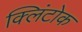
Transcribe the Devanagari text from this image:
क्लिंटोक